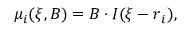
\begin{array} { r } { \mu _ { i } ( { \boldsymbol \xi } , B ) = B \cdot I ( { \boldsymbol \xi } - { \boldsymbol r } _ { i } ) , } \end{array}